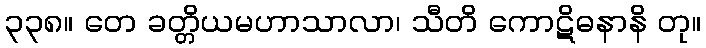
၃၃၈။ တေ ခတ္တိယမဟာသာလာ၊ သီတိ ကောဋိဓနာနိ တု။